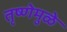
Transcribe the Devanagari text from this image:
तृष्णेमुळे